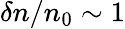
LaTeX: \delta n/n_{0}\sim 1